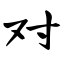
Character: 对